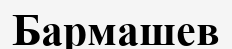
Бармашев